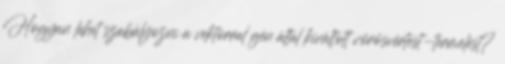
Hogyan lehet szabályozni a vektorral gén által kiváltott vörösvértest-termelést?